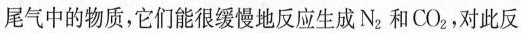
尾气中的物质，它们能很缓慢地反应生成N_{2}和CO_{2}，对此反